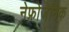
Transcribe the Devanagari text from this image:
नेफ्रोजेनिक